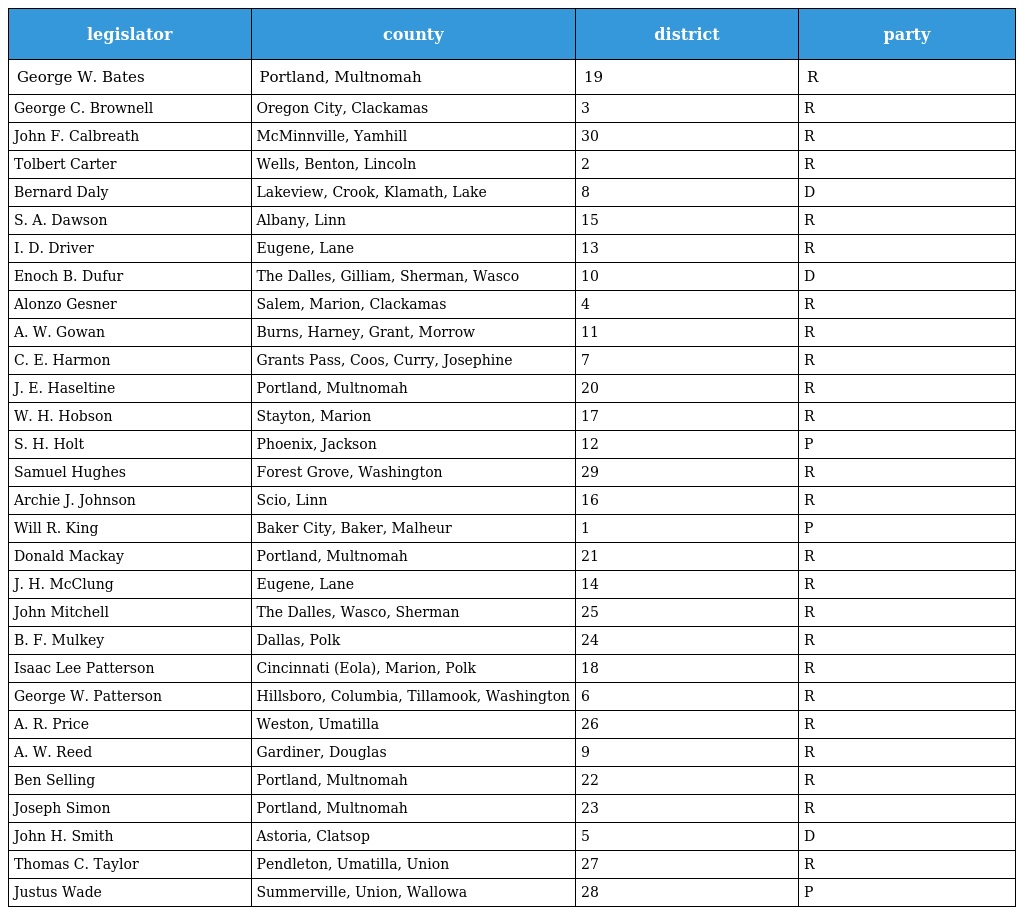
| legislator | county | district | party |
 | --- | --- | --- | --- |
 | George W. Bates | Portland, Multnomah | 19 | R |
 | George C. Brownell | Oregon City, Clackamas | 3 | R |
 | John F. Calbreath | McMinnville, Yamhill | 30 | R |
 | Tolbert Carter | Wells, Benton, Lincoln | 2 | R |
 | Bernard Daly | Lakeview, Crook, Klamath, Lake | 8 | D |
 | S. A. Dawson | Albany, Linn | 15 | R |
 | I. D. Driver | Eugene, Lane | 13 | R |
 | Enoch B. Dufur | The Dalles, Gilliam, Sherman, Wasco | 10 | D |
 | Alonzo Gesner | Salem, Marion, Clackamas | 4 | R |
 | A. W. Gowan | Burns, Harney, Grant, Morrow | 11 | R |
 | C. E. Harmon | Grants Pass, Coos, Curry, Josephine | 7 | R |
 | J. E. Haseltine | Portland, Multnomah | 20 | R |
 | W. H. Hobson | Stayton, Marion | 17 | R |
 | S. H. Holt | Phoenix, Jackson | 12 | P |
 | Samuel Hughes | Forest Grove, Washington | 29 | R |
 | Archie J. Johnson | Scio, Linn | 16 | R |
 | Will R. King | Baker City, Baker, Malheur | 1 | P |
 | Donald Mackay | Portland, Multnomah | 21 | R |
 | J. H. McClung | Eugene, Lane | 14 | R |
 | John Mitchell | The Dalles, Wasco, Sherman | 25 | R |
 | B. F. Mulkey | Dallas, Polk | 24 | R |
 | Isaac Lee Patterson | Cincinnati (Eola), Marion, Polk | 18 | R |
 | George W. Patterson | Hillsboro, Columbia, Tillamook, Washington | 6 | R |
 | A. R. Price | Weston, Umatilla | 26 | R |
 | A. W. Reed | Gardiner, Douglas | 9 | R |
 | Ben Selling | Portland, Multnomah | 22 | R |
 | Joseph Simon | Portland, Multnomah | 23 | R |
 | John H. Smith | Astoria, Clatsop | 5 | D |
 | Thomas C. Taylor | Pendleton, Umatilla, Union | 27 | R |
 | Justus Wade | Summerville, Union, Wallowa | 28 | P |